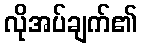
လိုအပ်ချက်၏